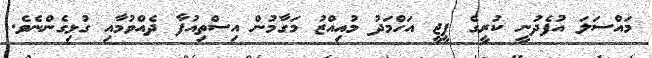
މައްސަލަ އުފެދުނީ ކުރީގެ ޕީޖީ އަހްމަދު މުއިއްޒު މަގާމުން އިސްތިއުފާ ދެއްވުމާއި ގުޅިގެންނެވެ.